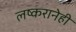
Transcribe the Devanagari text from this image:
लष्करानेही